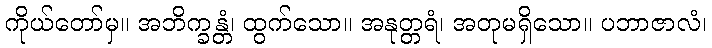
ကိုယ်တော်မှ။ အဘိက္ခန္တံ၊ ထွက်သော။ အနုတ္တရံ၊ အတုမရှိသော။ ပဘာဇာလံ၊